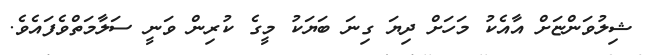
ޝިލުވަންޏަށް އާއެކު މަހަށް ދިޔަ ގިނަ ބަޔަކު މީގެ ކުރިން ވަނީ ސަލާމަތްވެފައެވެ.